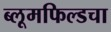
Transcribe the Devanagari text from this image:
ब्लूमफिल्डचा